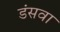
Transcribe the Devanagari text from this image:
डंसवा